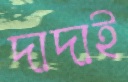
দাদাই